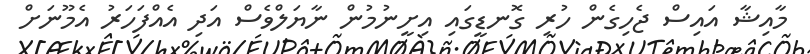
މާއިޝާ އައިސް ޖެހިގެން ހުރި ގޮނޑީގައި އިށީނުމުން ނާޔަލްވެސް އަދި އެއްފަހަރު އެމޫނަށް